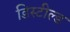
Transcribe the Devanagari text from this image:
डिस्टील्ड